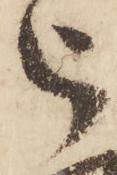
被